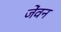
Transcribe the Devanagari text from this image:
जेंवन